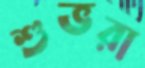
শুভরা